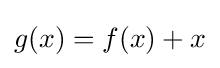
g(x)=f(x)+x